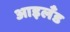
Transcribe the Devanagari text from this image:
आइलॅंड